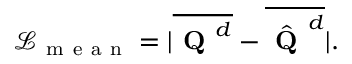
\mathcal { L } _ { \mathrm { ~ m ~ e ~ a ~ n ~ } } = | \overline { { \textbf { Q } ^ { d } } } - \overline { { \hat { \textbf { Q } } ^ { d } } } | .